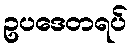
ဥပဒေတရပ်